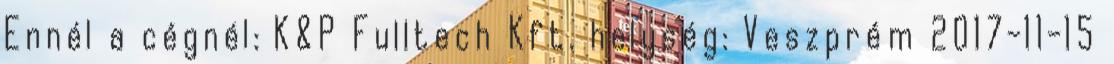
Ennél a cégnél: K&P Fulltech Kft. helység: Veszprém 2017-11-15